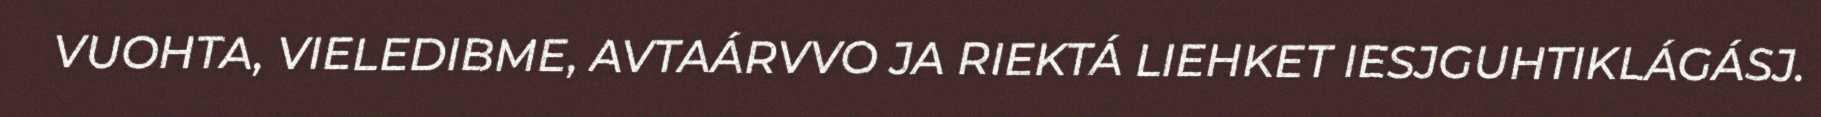
VUOHTA, VIELEDIBME, AVTAÁRVVO JA RIEKTÁ LIEHKET IESJGUHTIKLÁGÁSJ.